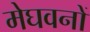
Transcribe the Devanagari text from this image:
मेघवनों